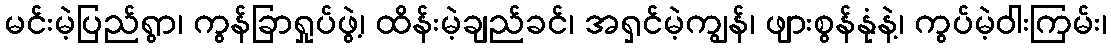
မင်းမဲ့ပြည်ရွာ၊ ကွန်ခြာရှုပ်ဖွဲ့၊ ထိန်းမဲ့ချည်ခင်၊ အရှင်မဲ့ကျွန်၊ ဖျားစွန်နုံနဲ့၊ ကွပ်မဲ့ဝါးကြမ်း၊